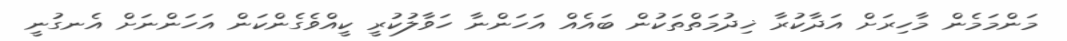
މަންމަމެން މާހިރަށް އަދާކުރާ ޚިދުމަތްތަކުން ބައެއް އަހަންނާ ހަވާލުކުރީ ކީއްވެގެންކަން އަހަންނަށް އެނގުނީ